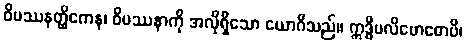
ဝိပဿနတ္ထိကေန၊ ဝိပဿနာကို အလိုရှိသော ယောဂီသည်။ ဣဒ္ဓိပလိဗောဓောပိ၊